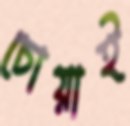
চোয়াই